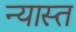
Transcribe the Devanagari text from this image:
न्यास्त